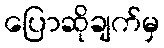
ပြောဆိုချက်မှ